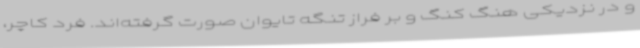
و در نزدیکی هنگ کنگ و بر فراز تنگه تایوان صورت گرفته‌اند. فرد کاچر،